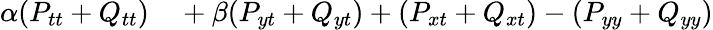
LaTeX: \begin{array}{rl}{\alpha(P_{tt}+Q_{tt})}&{{}+\beta(P_{yt}+Q_{yt})+(P_{xt}+Q_{xt})-(P_{yy}+Q_{yy})}\end{array}